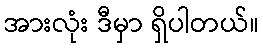
အားလုံး ဒီမှာ ရှိပါတယ်။